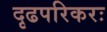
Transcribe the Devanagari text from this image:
दृढपरिकरः